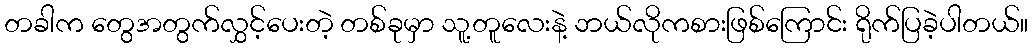
တခါက တွေအတွက်လွှင့်ပေးတဲ့ တစ်ခုမှာ သူ့တူလေးနဲ့ ဘယ်လိုကစားဖြစ်ကြောင်း ရိုက်ပြခဲ့ပါတယ်။